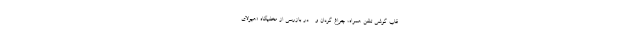
قاب گوشی تلفن همراه، چراغ گردان و ... در بازرسی از مخفیگاه «هیولای